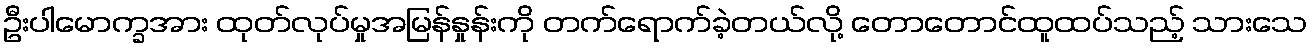
ဦးပါမောက္ခအား ထုတ်လုပ်မှုအမြန်နှုန်းကို တက်ရောက်ခဲ့တယ်လို့ တောတောင်ထူထပ်သည့် သားသေ